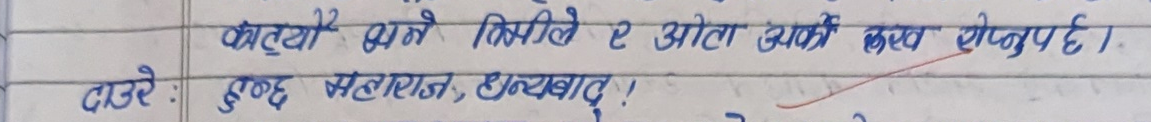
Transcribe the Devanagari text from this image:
कार्ट्यौँ भने तिमीले र येसो अर्को कुरा सोध्नुपर्छ।
दारे: बुझ् महाराज, धन्यवाद!